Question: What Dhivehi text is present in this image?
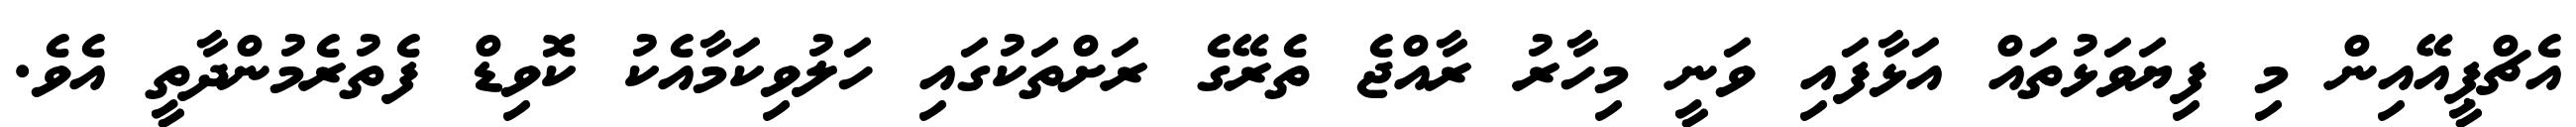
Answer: އެޗްޕީއޭއިން މި ފިޔަވަޅުތައް އަޅާފައި ވަނީ މިހާރު ރާއްޖެ ތެރޭގެ ރަށްތަކުގައި ހަލުވިކަމާއެކު ކޮވިޑް ފެތުރެމުންދާތީ އެވެ.